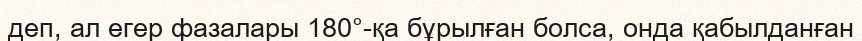
деп, ал егер фазалары 180°-қа бұрылған болса, онда қабылданған